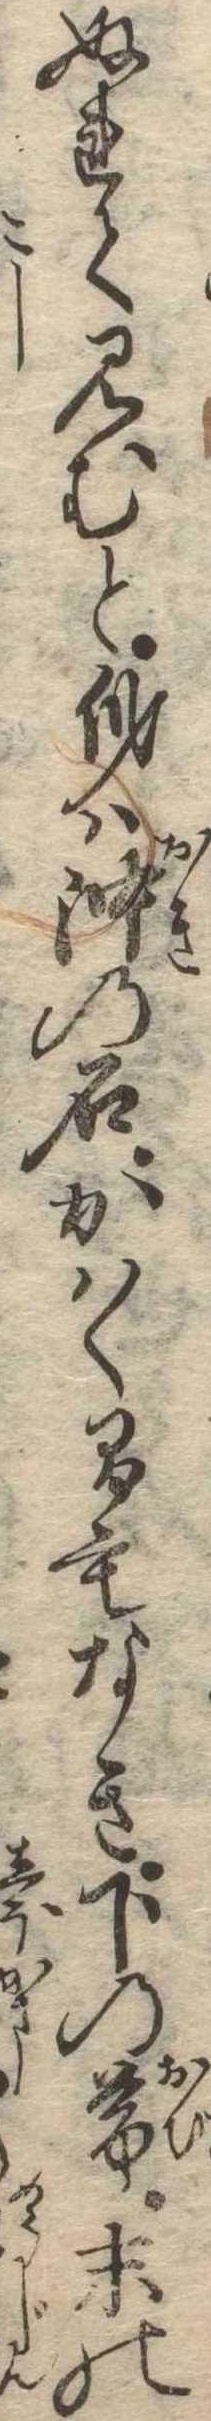
ぬれて見むと身は沖の石かはく間もなき下の帯末の